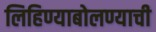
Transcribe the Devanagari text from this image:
लिहिण्याबोलण्याची